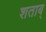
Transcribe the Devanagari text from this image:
शताब्